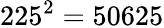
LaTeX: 225^{2}=50625